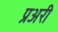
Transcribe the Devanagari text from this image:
प्रअरी